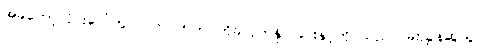
အခုတော့လိုင်းပေါ်တွင်လက်ဝဲဘက် ကိုခလုတ်နှိပ်ခြင်းနှင့်ကိုင်သည်လမ်းညွှန်ဆွဲယူပါ။